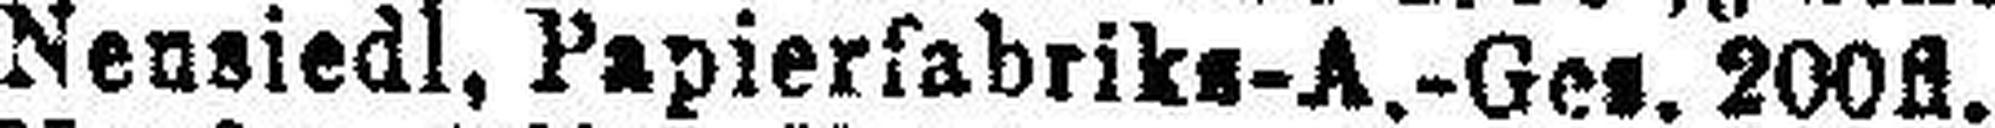
Nensiedl, Papierfabriks-A.-Ges. 200fl.